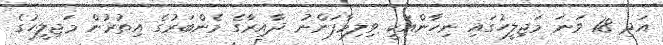
އަދި 18 ވަނަ މަޖިލީހުގައިިި ނިހާންއަކީ ވިލިމާފަންނު ދާއިރާގެ މެންބަރުގެ އިތުރުން މަޖިލީހުގެ